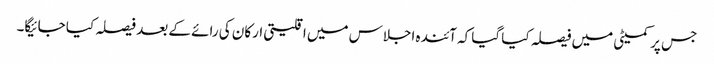
جس پر کمیٹی میں فیصلہ کیا گیا کہ آئندہ اجلاس میں اقلیتی ارکان کی رائے کے بعد فیصلہ کیا جائیگا۔